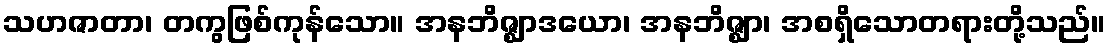
သဟဇာတာ၊ တကွဖြစ်ကုန်သော။ အနဘိဇ္ဈာဒယော၊ အနဘိဇ္ဈာ၊ အစရှိသောတရားတို့သည်။